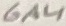
Text: 6A4